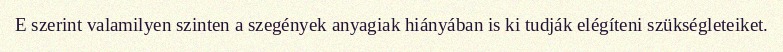
E szerint valamilyen szinten a szegények anyagiak hiányában is ki tudják elégíteni szükségleteiket.